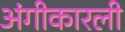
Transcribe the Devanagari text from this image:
अंगीकारली